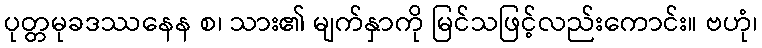
ပုတ္တမုခဒဿနေန စ၊ သား၏ မျက်နှာကို မြင်သဖြင့်လည်းကောင်း။ ဗဟုံ၊